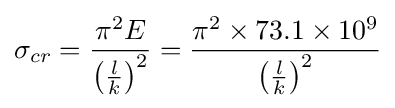
\sigma _{cr}={\pi ^{2}E \over \left({\frac {l}{k}}\right)^{2}}={\pi ^{2}\times 73.1\times 10^{9} \over \left({\frac {l}{k}}\right)^{2}}